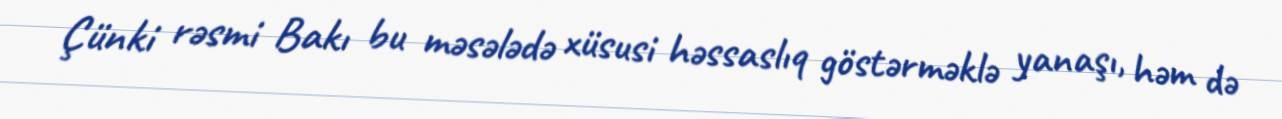
Çünki rəsmi Bakı bu məsələdə xüsusi həssaslıq göstərməklə yanaşı, həm də